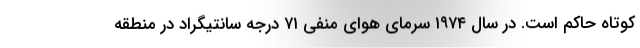
کوتاه حاکم است. در سال ۱۹۷۴ سرمای هوای منفی ۷۱ درجه سانتیگراد در منطقه